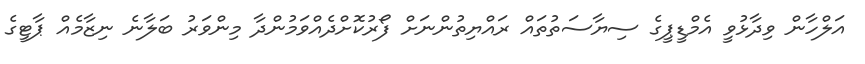
އަލްހާން ވިދާޅުވީ އެމްޑީޕީގެ ސިޔާސަތުތައް ރައްޔިތުންނަށް ފޯރުކޮށްދެއްވަމުންދާ މިންވަރު ބަލާނެ ނިޒާމެއް ޕާޓީގެ